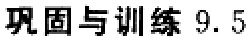
巩固与训练 9.5